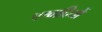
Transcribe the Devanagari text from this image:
पश्वादियों